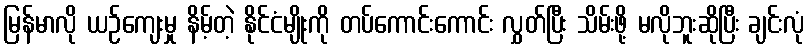
မြန်မာလို ယဉ်ကျေးမှု နိမ့်တဲ့ နိုင်ငံမျိုးကို တပ်ကောင်းကောင်း လွှတ်ပြီး သိမ်းဖို့ မလိုဘူးဆိုပြီး ချင်းလုံ